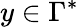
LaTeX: y\in\Gamma^{*}